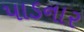
પાડનાર